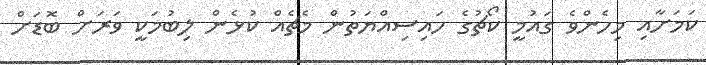
ކަމަށާއި މިހެންވެ ގައުމީ ކޯޗުގެ ހައިސިއްޔަތުން މެޗެއް ކުޅެން ލިބުމަކީ ވަރަށް ބޮޑަށް